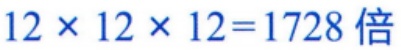
$12\times 12\times 12 = 1728 倍$